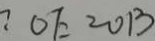
\because O E = O B